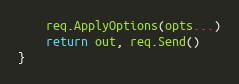
Language: Go
	req.ApplyOptions(opts...)
	return out, req.Send()
}